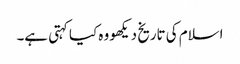
اسلام کی تاریخ دیکھو وہ کیا کہتی ہے۔